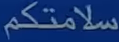
سلامتكم